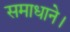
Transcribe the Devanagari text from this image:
समाधाने।